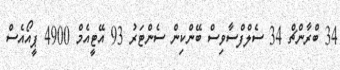
34 ބްރާންޗް 34 ސެލްފްސާވިސް ބޭންކިން ސެންޓަރު 93 އޭޓީއެމް 4900 ޕީއޯއެސް